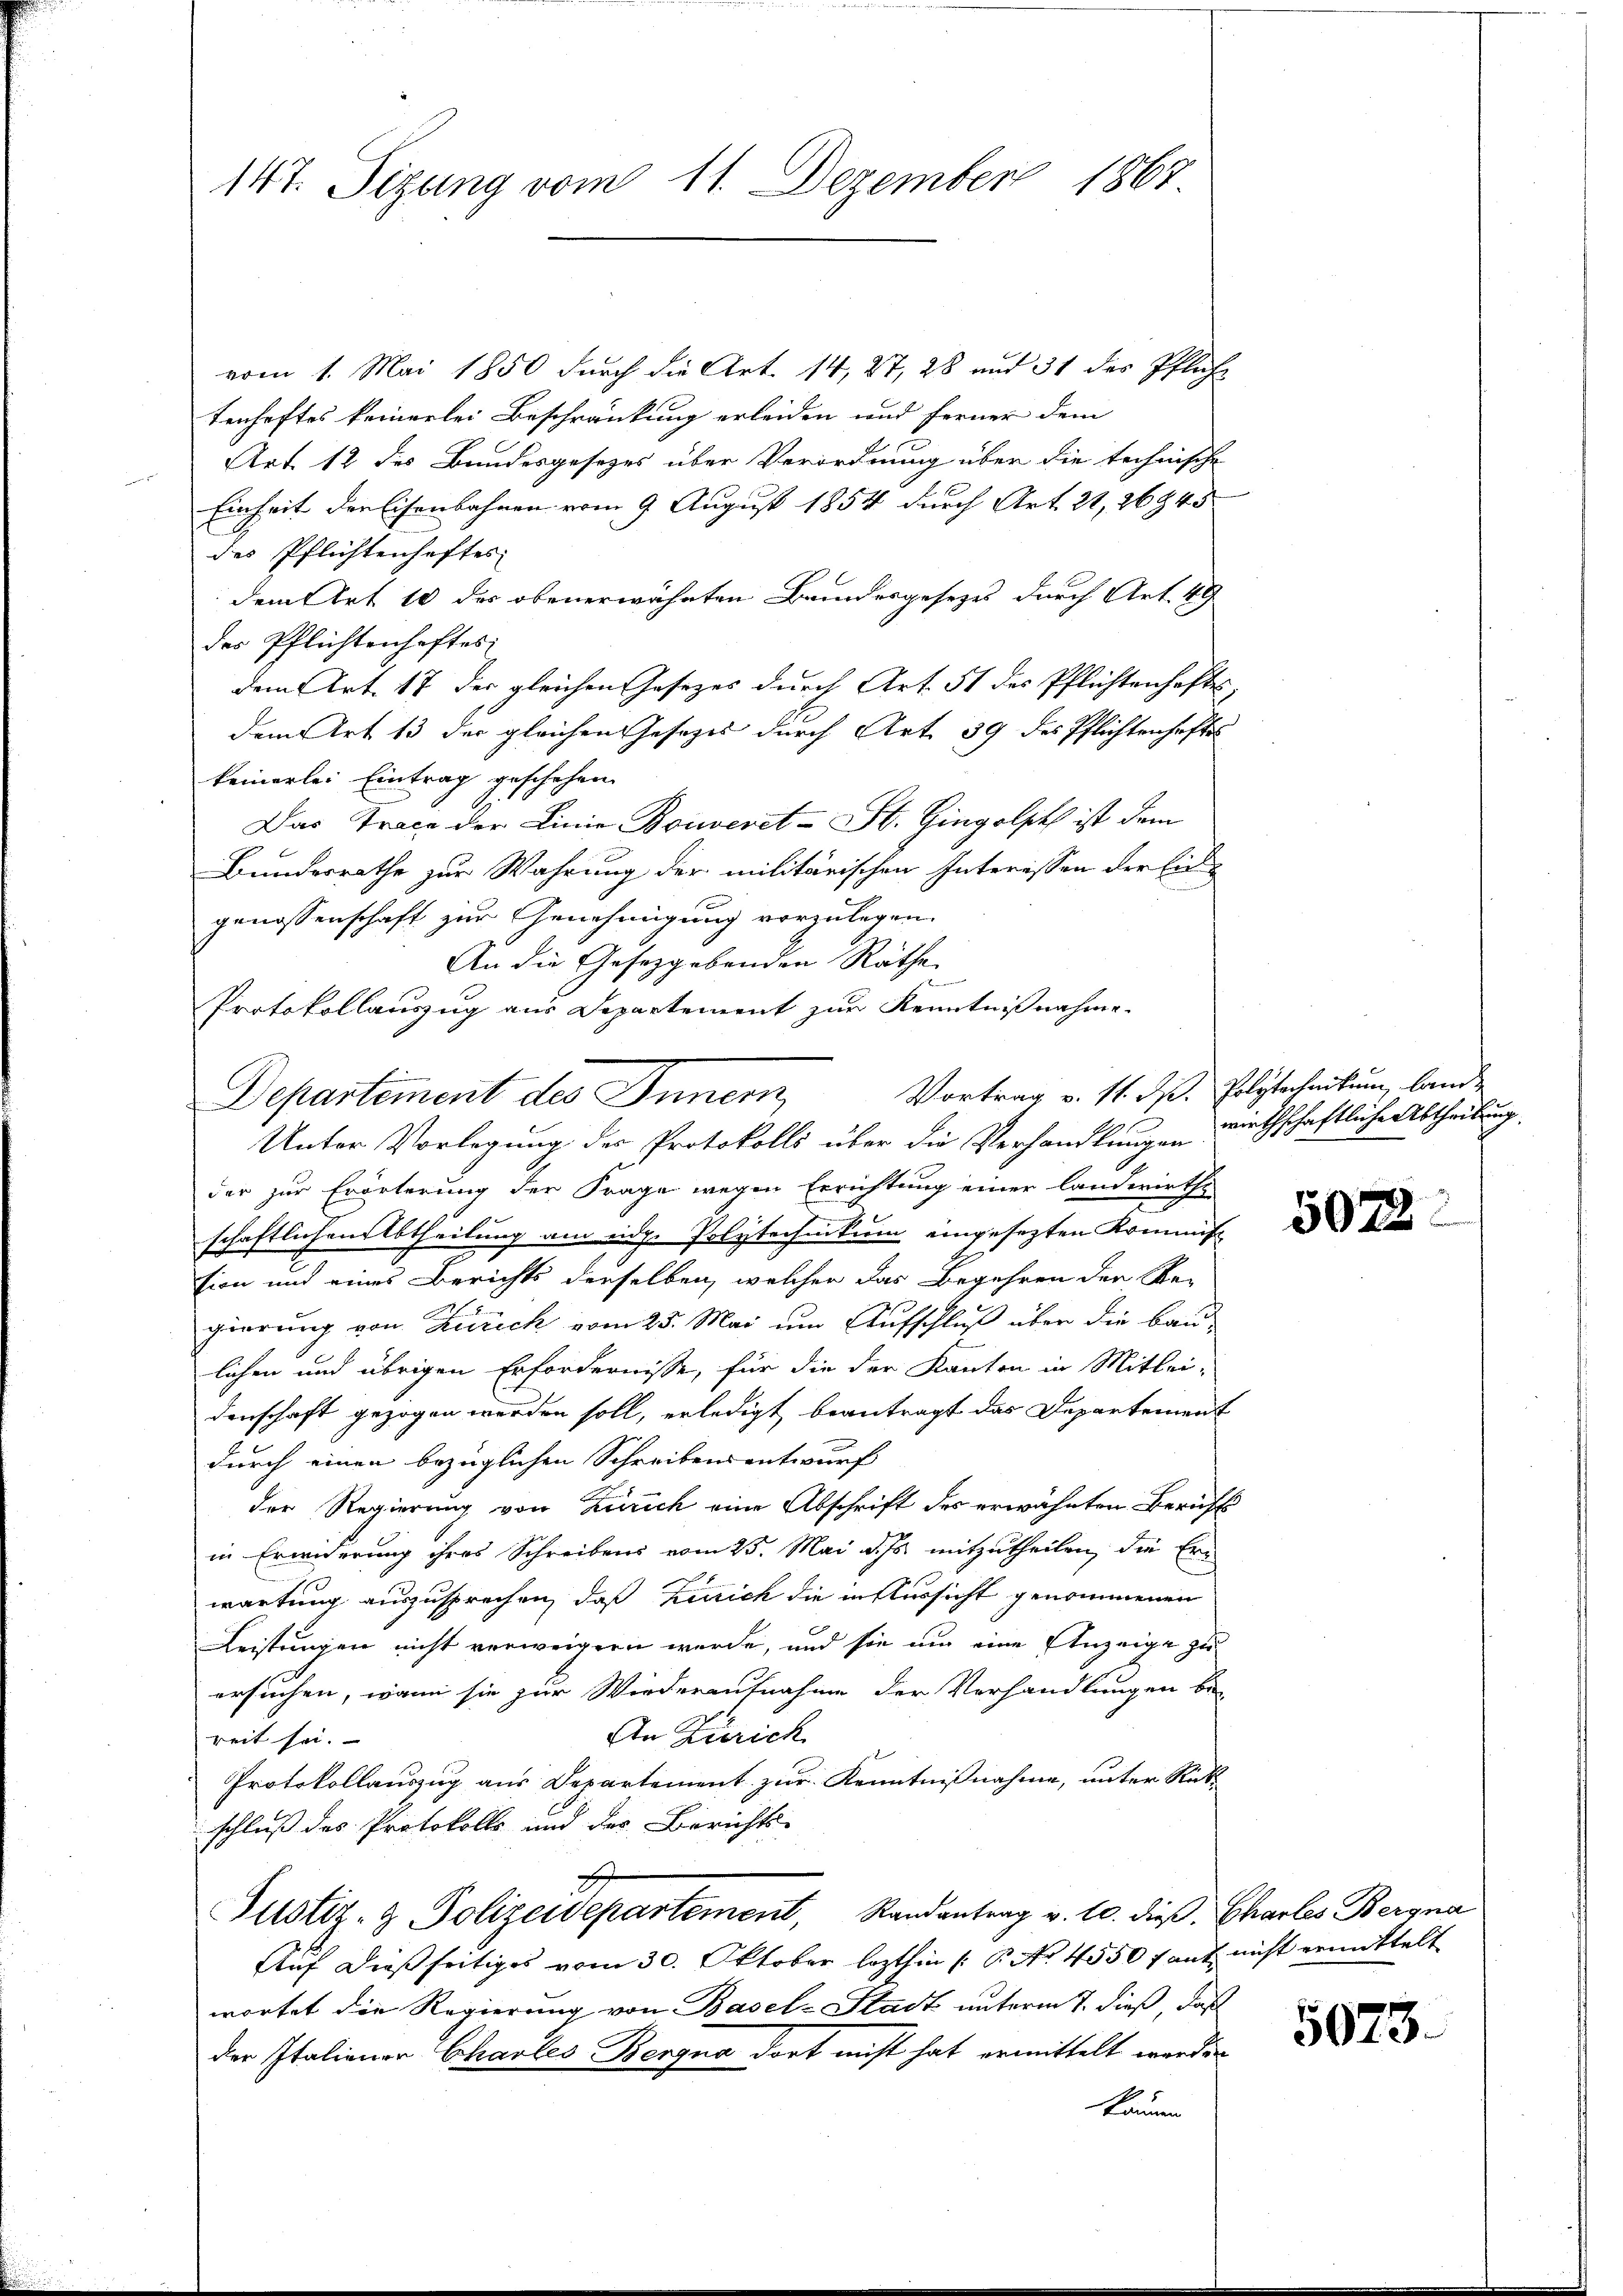
147. Sizung vom 11. Dezember 1867.

vom 1. Mai 1850 durch die Art. 14, 27, 28 und 31 des Pfliche
tenhaftes keinerlei Beschränkung erleiden und ferner dem
Art. 12 des Bundesgesezes über Verordnung über die technische
Einheit der Eisenbahnen vom 9. August 1854 durch Art. 21, 26945
des Pflichtenhaftes
dem Art 10 des obenerwähnten Brundesgesetzes durch Art. 49
des Pflichtenhaftes
dem Art. 17 der gleichen Gesezes durch Art. 51 des Pflichtenhaftes,
dem Art 13 der gleichen Gesezes durch Art. 39 des Pflichtenhaftes
keinerlei Eintrag geschehen
Das Trace der Linie Bouveret - St. Gingolph ist dem
Bundesrathe zur Wahrung der militärischen Interessen der Eingenossenschaft zur Genehmigung vorzulegen.
An die Gesetzgebenden Räthe
der zur Erörterung der Frage wegen Errichtung einer Landerirte
schaftlichen Abtheilung am eidg. Polytechnikum eingesezten Kommis
sion und eines Berichts derselben, welcher das Begehren der Re-
gierung von Zürich vom 25. Mai um Aufschluß über die Baulichen und übrigen Erfordernisse, für die der Kanton in Mitlei-
denschaft gezogen werden soll, erledigt beantragt das Departement
durch einen bezüglichen Schreibensentwurf
der Regierung von Zürich eine Abschrift des erwähnten Bericht
in Erwiderung ihres Schreibens vom 23. Mai d. Js. mitzutheilen, die Erwartung auszusprechen, daß Einrich die in Aussicht genommenen
Leistungen nicht verweigern wurde, und sie um eine Anzeige zuersuchen, wenn sie zur Wiederaufnahme der Verhandlungen be-
An Zürich
reit sei.
Protokollauszug aus Departement zur Kenntnißnahme, unter Rückschluß des Protokolls und der Berichts-
Justiz- & Polizeidepartement, Randantrag v. 10. die Charles Bergna
Auf dießseitiges vom 30. Oktober lezthin /: P. No. 4550 f auf nicht ermittelt
wortet die Regierung von Basel-Stadt unterm 7. dieß, daß
der Italiener Charles Bergna dort nicht hat ermittelt werden
kammen

Protokollauszug aus Departement zur Kenntnißnahme.
Departement des Innern,
Unter Vorlegung des Protokolls über die Verhandlungen wirthschaftliche Abtheilung

Vortrag v. 11. d. Polytechnikum, lande

5072:

5073.